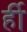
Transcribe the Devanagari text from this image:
र्ही